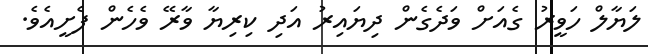
ލަޔާލް ހަވީރު ގެއަށް ވަދެގެން ދިޔައިރު އަދި ކިރިޔާ ވާރޭ ވެހެން ފެށީއެވެ.